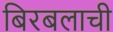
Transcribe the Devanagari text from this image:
बिरबलाची